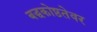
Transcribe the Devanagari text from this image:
बद्धकोष्ठतेवर